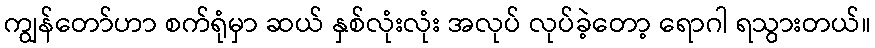
ကျွန်တော်ဟာ စက်ရုံမှာ ဆယ် နှစ်လုံးလုံး အလုပ် လုပ်ခဲ့တော့ ရောဂါ ရသွားတယ်။